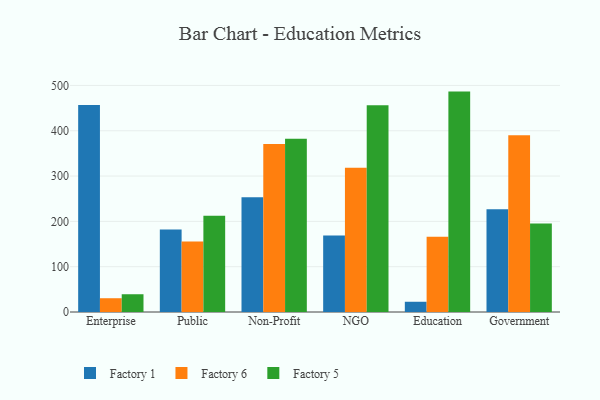
{"axis": {"x": "Segment", "y": "Gross Profit (USD K)"}, "legend": ["Factory 1", "Factory 5", "Factory 6"], "data": [{"x": "Enterprise", "y": 456.7, "type": "Factory 1"}, {"x": "Enterprise", "y": 30.4, "type": "Factory 6"}, {"x": "Enterprise", "y": 39.2, "type": "Factory 5"}, {"x": "Public", "y": 182.2, "type": "Factory 1"}, {"x": "Public", "y": 155.7, "type": "Factory 6"}, {"x": "Public", "y": 212.5, "type": "Factory 5"}, {"x": "Non-Profit", "y": 253.1, "type": "Factory 1"}, {"x": "Non-Profit", "y": 371.0, "type": "Factory 6"}, {"x": "Non-Profit", "y": 382.3, "type": "Factory 5"}, {"x": "NGO", "y": 168.6, "type": "Factory 1"}, {"x": "NGO", "y": 318.2, "type": "Factory 6"}, {"x": "NGO", "y": 456.1, "type": "Factory 5"}, {"x": "Education", "y": 22.6, "type": "Factory 1"}, {"x": "Education", "y": 166.0, "type": "Factory 6"}, {"x": "Education", "y": 486.4, "type": "Factory 5"}, {"x": "Government", "y": 226.9, "type": "Factory 1"}, {"x": "Government", "y": 390.0, "type": "Factory 6"}, {"x": "Government", "y": 195.3, "type": "Factory 5"}]}